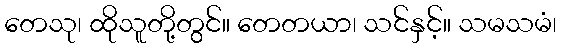
တေသု၊ ထိုသူတို့တွင်။ တေတယာ၊ သင်နှင့်။ သမသမံ၊